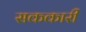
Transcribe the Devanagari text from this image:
सककारी